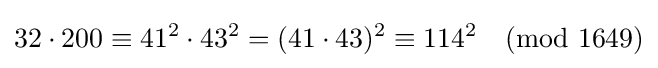
32\cdot 200\equiv 41^{2}\cdot 43^{2}=(41\cdot 43)^{2}\equiv 114^{2}{\pmod {1649}}